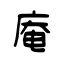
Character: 庵